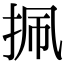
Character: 㧩